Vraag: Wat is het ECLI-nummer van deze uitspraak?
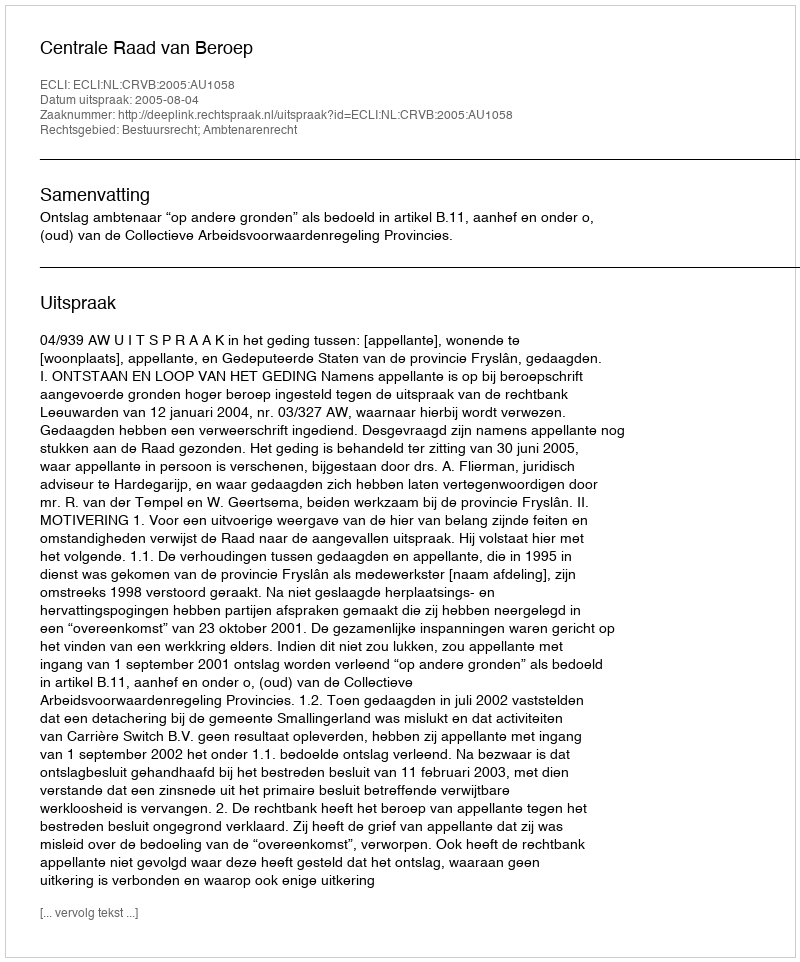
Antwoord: ECLI:NL:CRVB:2005:AU1058